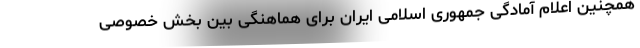
همچنین اعلام آمادگی جمهوری اسلامی ایران برای هماهنگی بین بخش خصوصی